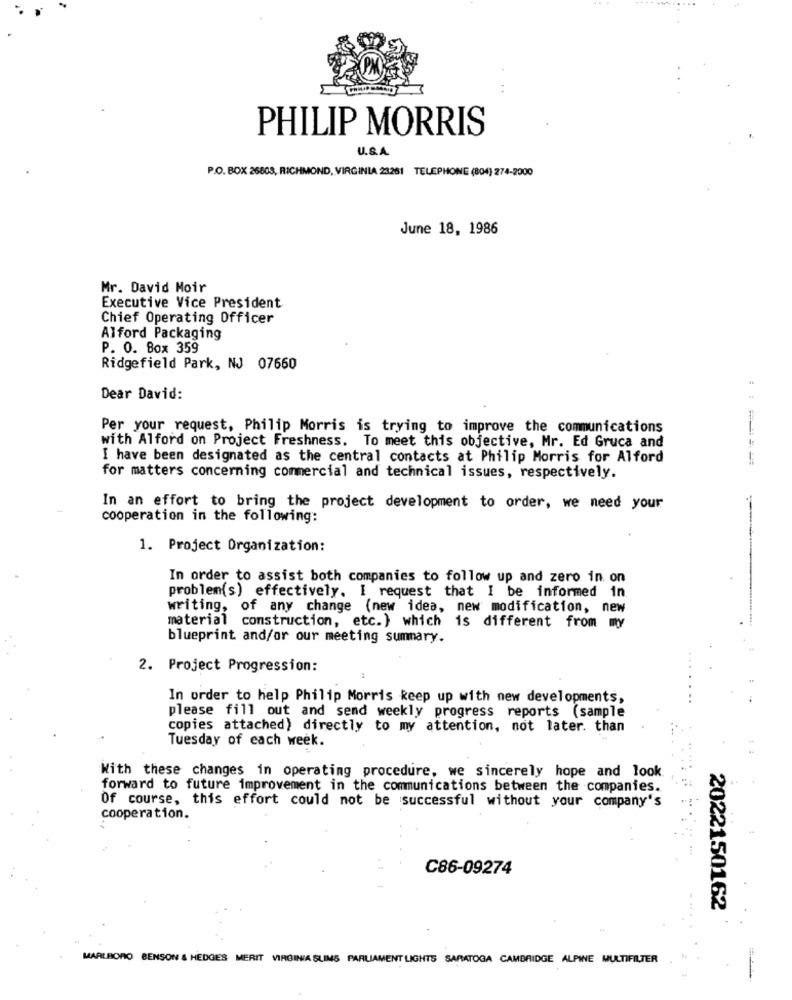
PHILIP MORRIS
U.S.A.
P.O. BOX 26808, RICHMOND, VIRGINIA 23261 TELEPHONE (804) 274-2000
June 18, 1986
Mr. David Moir
Executive Vice President
Chief Operating Officer
Alford Packaging
P. O. Box 359
Ridgefield Park, NJ 07660
Dear David:
Per your request, Philip Morris is trying to improve the communications
with Alford on Project Freshness. To meet this objective, Mr. Ed Gruca and
I have been designated as the central contacts at Philip Morris for Alford
for matters concerning commercial and technical issues, respectively.
In an effort to bring the project development to order, we need your
cooperation in the following:
1. Project Organization:
In order to assist both companies to follow up and zero in on
problem(s) effectively. I request that I be informed in
writing, of any change (new idea, new modification, new
material construction, etc.) which is different from my
blueprint and/or our meeting summary.
2. Project Progression:
In order to help Philip Morris keep up with new developments,
please fill out and send weekly progress reports (sample
copies attached) directly to my attention, not later. than
Tuesday of each week.
With these changes in operating procedure, we sincerely hope and look
forward to future improvement in the communications between the companies.
Of course, this effort could not be successful without your company's
cooperation.
C86-09274
2022150162
MARLBORO BENSON & HEDGES MERIT VIRGINIA SLIMS PARLIAMENT LIGHTS SARATOGA CAMBRIDGE ALPINE MULTIFILTER